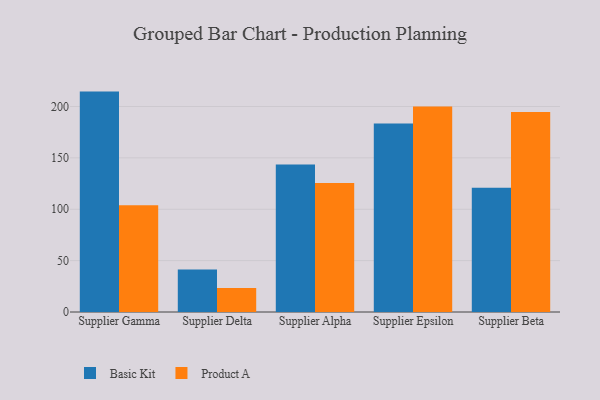
{"axis": {"x": "Supplier", "y": "Tickets Resolved"}, "legend": ["Basic Kit", "Product A"], "data": [{"x": "Supplier Gamma", "y": 214.5, "type": "Basic Kit"}, {"x": "Supplier Gamma", "y": 104.0, "type": "Product A"}, {"x": "Supplier Delta", "y": 41.4, "type": "Basic Kit"}, {"x": "Supplier Delta", "y": 23.4, "type": "Product A"}, {"x": "Supplier Alpha", "y": 143.5, "type": "Basic Kit"}, {"x": "Supplier Alpha", "y": 125.5, "type": "Product A"}, {"x": "Supplier Epsilon", "y": 183.5, "type": "Basic Kit"}, {"x": "Supplier Epsilon", "y": 200.1, "type": "Product A"}, {"x": "Supplier Beta", "y": 120.9, "type": "Basic Kit"}, {"x": "Supplier Beta", "y": 194.7, "type": "Product A"}]}